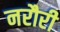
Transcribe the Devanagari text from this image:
नरौरी